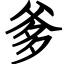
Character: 爹